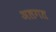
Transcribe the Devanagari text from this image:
अलगत